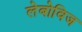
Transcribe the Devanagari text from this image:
लेबोविज